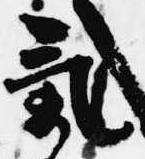
気